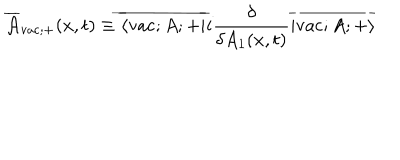
\overline { { { \cal A } } } _ { \mathrm { v a c } ; + } ( x , t ) \equiv \overline { { { \langle \mathrm { v a c } ; A ; + | } } } i \frac { \delta } { \delta A _ { 1 } ( x , t ) } \overline { { { | \mathrm { v a c } ; A ; + \rangle } } }